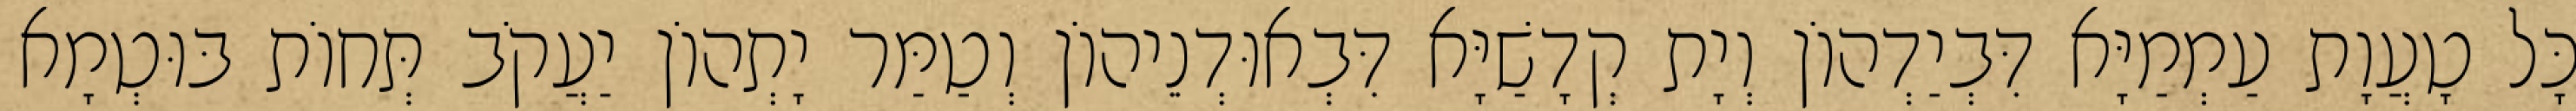
כָּל טָעֲוָת עַמְמַיָּא דִּבְיַדְהוֹן וְיָת קְדָשַׁיָּא דִּבְאוּדְנֵיהוֹן וְטַמַּר יָתְהוֹן יַעֲקֹב תְּחוֹת בּוּטְמָא